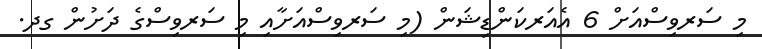
މި ސަރވިސްއަށް 6 އެއަރކަންޑިޝަން (މި ސަރވިސްއަށާއި މި ސަރވިސްގެ ދަށުން ގދ.